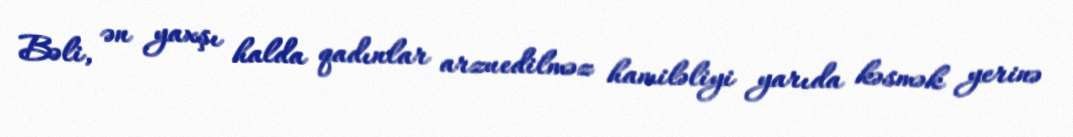
Bəli, ən yaxşı halda qadınlar arzuedilməz hamiləliyi yarıda kəsmək yerinə